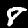
Label: 8